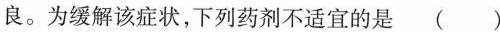
良。为缓解该症状，下列药剂不适宜的是()